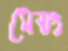
মেয়ং